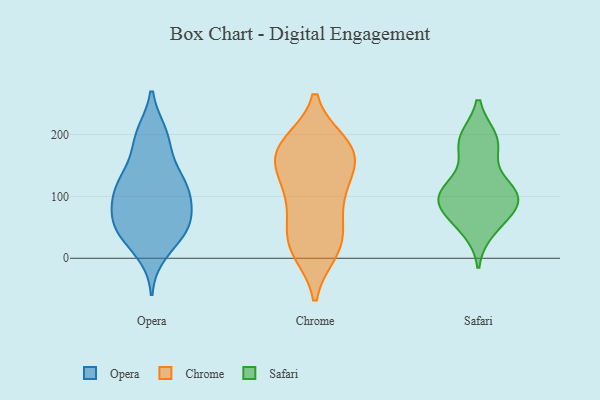
{"axis": {"x": "Website Visitors", "y": "Value"}, "legend": ["Chrome", "Opera", "Safari"], "data": [{"x": "", "y": 43, "type": "Opera"}, {"x": "", "y": 200, "type": "Opera"}, {"x": "", "y": 89, "type": "Opera"}, {"x": "", "y": 50, "type": "Opera"}, {"x": "", "y": 99, "type": "Opera"}, {"x": "", "y": 123, "type": "Opera"}, {"x": "", "y": 60, "type": "Opera"}, {"x": "", "y": 121, "type": "Opera"}, {"x": "", "y": 10, "type": "Opera"}, {"x": "", "y": 44, "type": "Opera"}, {"x": "", "y": 195, "type": "Opera"}, {"x": "", "y": 192, "type": "Opera"}, {"x": "", "y": 67, "type": "Opera"}, {"x": "", "y": 44, "type": "Opera"}, {"x": "", "y": 140, "type": "Opera"}, {"x": "", "y": 105, "type": "Opera"}, {"x": "", "y": 121, "type": "Opera"}, {"x": "", "y": 30, "type": "Chrome"}, {"x": "", "y": 181, "type": "Chrome"}, {"x": "", "y": 148, "type": "Chrome"}, {"x": "", "y": 18, "type": "Chrome"}, {"x": "", "y": 125, "type": "Chrome"}, {"x": "", "y": 52, "type": "Chrome"}, {"x": "", "y": 179, "type": "Chrome"}, {"x": "", "y": 164, "type": "Chrome"}, {"x": "", "y": 166, "type": "Chrome"}, {"x": "", "y": 96, "type": "Chrome"}, {"x": "", "y": 185, "type": "Chrome"}, {"x": "", "y": 177, "type": "Chrome"}, {"x": "", "y": 18, "type": "Chrome"}, {"x": "", "y": 119, "type": "Chrome"}, {"x": "", "y": 80, "type": "Chrome"}, {"x": "", "y": 12, "type": "Chrome"}, {"x": "", "y": 116, "type": "Safari"}, {"x": "", "y": 103, "type": "Safari"}, {"x": "", "y": 193, "type": "Safari"}, {"x": "", "y": 191, "type": "Safari"}, {"x": "", "y": 172, "type": "Safari"}, {"x": "", "y": 109, "type": "Safari"}, {"x": "", "y": 104, "type": "Safari"}, {"x": "", "y": 192, "type": "Safari"}, {"x": "", "y": 47, "type": "Safari"}, {"x": "", "y": 71, "type": "Safari"}, {"x": "", "y": 59, "type": "Safari"}, {"x": "", "y": 92, "type": "Safari"}, {"x": "", "y": 98, "type": "Safari"}, {"x": "", "y": 91, "type": "Safari"}]}